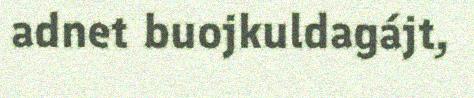
adnet buojkuldagájt,